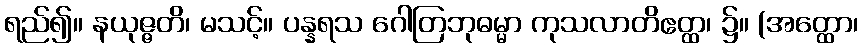
ရည်၍။ နယုဇ္ဇတိ၊ မသင့်။ ပန္နရသ ဂေါတြဘုဓမ္မာ ကုသလာတိဧတ္ထ၊ ၌။ (အတ္ထော၊